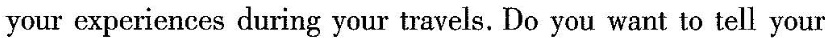
your expericnces during your travels. Do you want to tell your